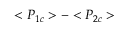
< P _ { 1 c } > - < P _ { 2 c } >